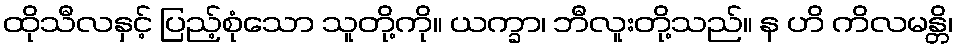
ထိုသီလနှင့် ပြည့်စုံသော သူတို့ကို။ ယက္ခာ၊ ဘီလူးတို့သည်။ န ဟိ ကိလမန္တိ၊